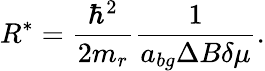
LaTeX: R^{*}=\frac{\hbar^{2}}{2m_{r}}\frac{1}{a_{bg}\Delta B\delta\mu}.